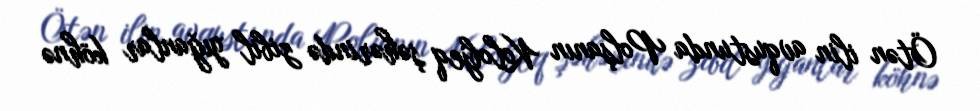
Ötən ilin avqustunda Polşanın Kolobjeq şəhərində zibil yığanlar köhnə